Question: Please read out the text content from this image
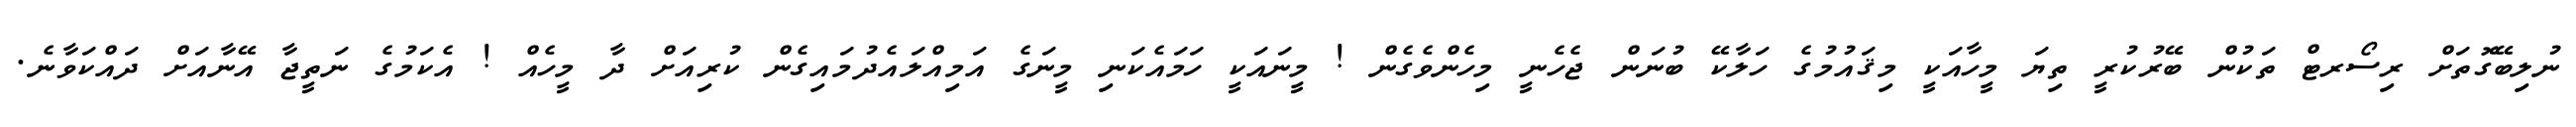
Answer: ނުލިބޭގޮތަށް ރިސޯރޓް ތަކުން ބޭރުކުރީ ތިޔަ މީހާއަކީ މިޤައުމުގެ ހަލާކޭ ބުނަން ޖެހެނީ މިހެންވެގެން ! މީނައަކީ ހަމައެކަނި މީނަގެ އަމިއްލައެދުމައިގެން ކުރިއަށް ދާ މީހެއް ! އެކަމުގެ ނަތީޖާ އޭނާއަށް ދައްކަވާނެ.